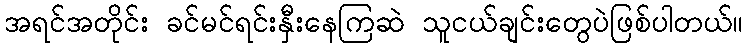
အရင်အတိုင်း ခင်မင်ရင်းနှီးနေကြဆဲ သူငယ်ချင်းတွေပဲဖြစ်ပါတယ်။